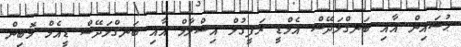
ޙުސައިން އާއި ބަނގްލަދޭޝް އެމްޑީ ރަފީޤުލް އިސްލާމް އާއި ބަނގްލަދޭޝް ޑީއެމް މޮބިން